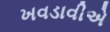
ખવડાવીએ